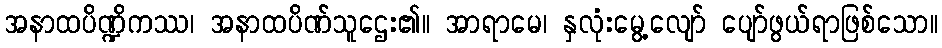
အနာထပိဏ္ဍိကဿ၊ အနာထပိဏ်သူဌေး၏။ အာရာမေ၊ နှလုံးမွေ့လျော် ပျော်ဖွယ်ရာဖြစ်သော။